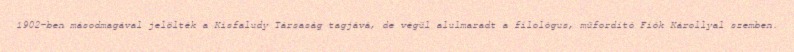
1902-ben másodmagával jelölték a Kisfaludy Társaság tagjává, de végül alulmaradt a filológus, műfordító Fiók Károllyal szemben.